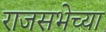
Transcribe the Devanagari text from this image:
राजसभेच्या